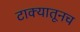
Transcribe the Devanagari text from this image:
टाक्यातूनच